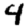
Digit: 4